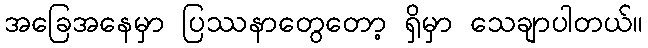
အခြေအနေမှာ ပြဿနာတွေတော့ ရှိမှာ သေချာပါတယ်။